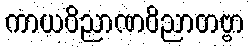
ကာယဝိညာဏဝိညာတဗ္ဗာ